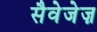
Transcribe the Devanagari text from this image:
सैवेजेज़